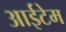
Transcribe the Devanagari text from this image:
आईटेम